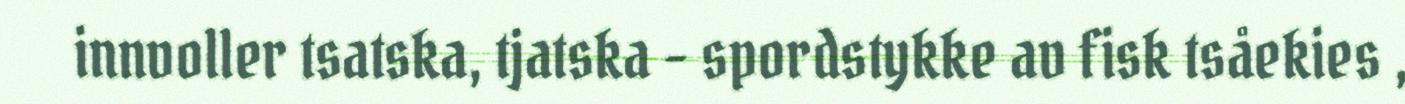
innvoller tsatska, tjatska - spordstykke av fisk tsåekies ,